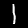
Digit: 1